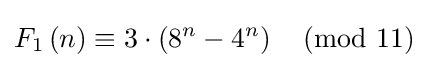
F_{1}\left(n\right)\equiv 3\cdot \left(8^{n}-4^{n}\right){\pmod {11}}